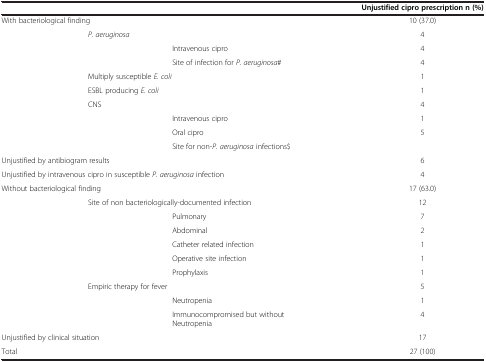
|  |  |  | Unjustified cipro prescription n (%) |
 | --- | --- | --- | --- |
 | <COLSPAN=3> With bacteriological finding | 10 (37.0) |
 |  | <COLSPAN=2> P. aeruginosa | 4 |
 |  |  | Intravenous cipro | 4 |
 |  |  | Site of infection for P. aeruginosa# | 4 |
 |  | <COLSPAN=2> Multiply susceptible E. coli | 1 |
 |  | <COLSPAN=2> ESBL producing E. coli | 1 |
 |  | CNS |  | 4 |
 |  |  | Intravenous cipro | 1 |
 |  |  | Oral cipro | 5 |
 |  |  | Site for non-P. aeruginosa infections$ |  |
 | <COLSPAN=3> Unjustified by antibiogram results | 6 |
 | <COLSPAN=3> Unjustified by intravenous cipro in susceptible P. aeruginosa infection | 4 |
 | <COLSPAN=3> Without bacteriological finding | 17 (63.0) |
 |  | <COLSPAN=2> Site of non bacteriologically-documented infection | 12 |
 |  |  | Pulmonary | 7 |
 |  |  | Abdominal | 2 |
 |  |  | Catheter related infection | 1 |
 |  |  | Operative site infection | 1 |
 |  |  | Prophylaxis | 1 |
 |  | <COLSPAN=2> Empiric therapy for fever | 5 |
 |  |  | Neutropenia | 1 |
 |  |  | Immunocompromised but without Neutropenia | 4 |
 | <COLSPAN=3> Unjustified by clinical situation | 17 |
 | Total |  |  | 27 (100) |